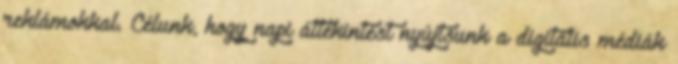
reklámokkal. Célunk, hogy napi áttekintést nyújtsunk a digitális médiák